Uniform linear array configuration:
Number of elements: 8
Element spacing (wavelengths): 1
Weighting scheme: blackman
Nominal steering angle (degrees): -60
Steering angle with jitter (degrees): -61.307
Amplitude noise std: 0.05
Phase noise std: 0.05

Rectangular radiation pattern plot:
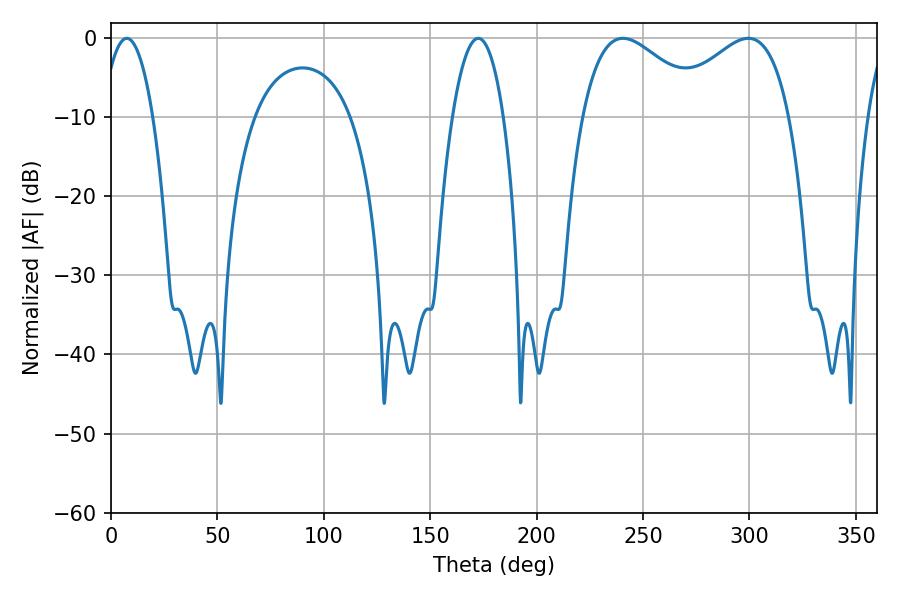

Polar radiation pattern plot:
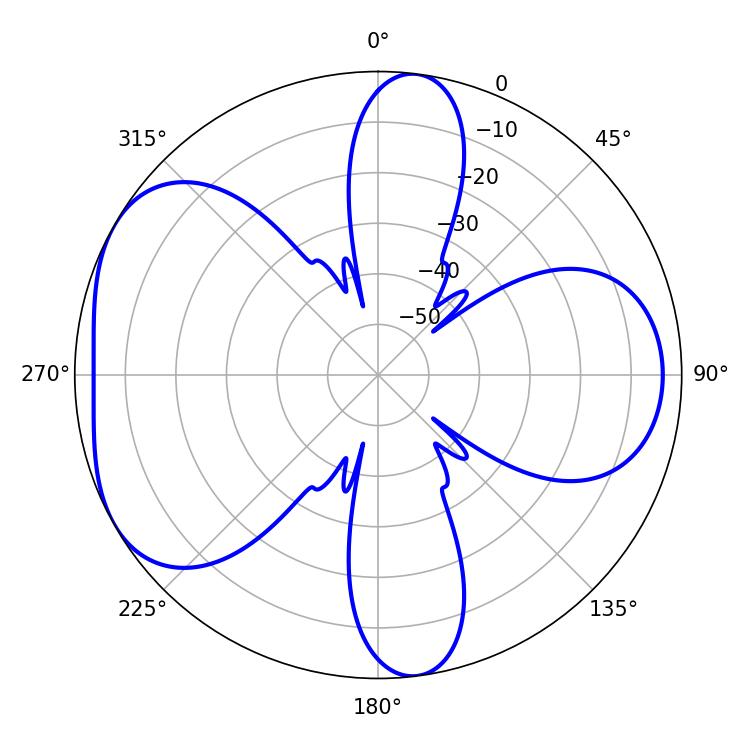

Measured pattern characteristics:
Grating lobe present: TRUE
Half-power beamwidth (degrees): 31.68
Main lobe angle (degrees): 299.52